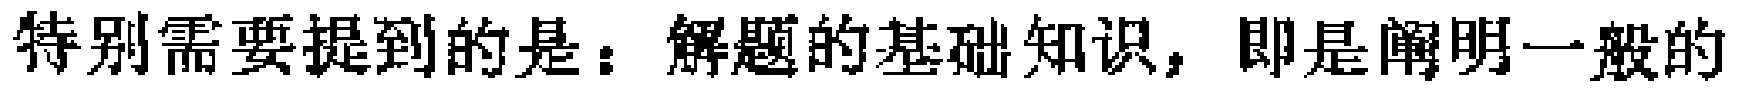
特别需要提到的是：解题的基础知识，即是阐明一般的